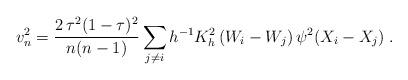
LaTeX: \begin{align*}v_{n}^{2} =\frac{2\,\tau ^{2}(1-\tau )^{2}}{n(n-1)}\sum\limits_{j\neq i}h^{-1}K_{h}^2\left( W_{i}-W_{j} \right) \psi^2( X_{i} - X_{j})\;.\end{align*}